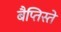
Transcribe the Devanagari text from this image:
बैप्तिस्ते